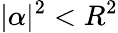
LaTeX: \vert\alpha\vert^{2}<R^{2}